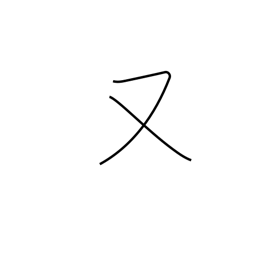
Meaning: or again